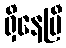
ရှိနေပြီ